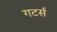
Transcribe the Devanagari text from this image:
गटर्स